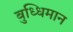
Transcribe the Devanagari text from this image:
बुध्धिमान